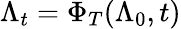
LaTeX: \Lambda_{t}=\Phi_{T}(\Lambda_{0},t)